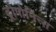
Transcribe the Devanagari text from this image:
ट्रोपोनिन्स